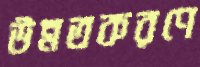
উন্নতকরণে